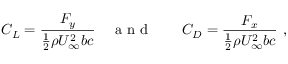
C _ { L } = \frac { F _ { y } } { \frac { 1 } { 2 } \rho U _ { \infty } ^ { 2 } b c } \quad \mathrm { ~ a ~ n ~ d ~ } \quad \quad C _ { D } = \frac { F _ { x } } { \frac { 1 } { 2 } \rho U _ { \infty } ^ { 2 } b c } \mathrm { ~ , ~ }